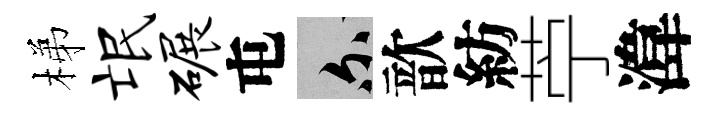
梯氓碾屯爾歆紡苧湋